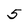
Character: 5